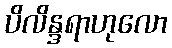
ပိလိန္ဒရာဟုလော